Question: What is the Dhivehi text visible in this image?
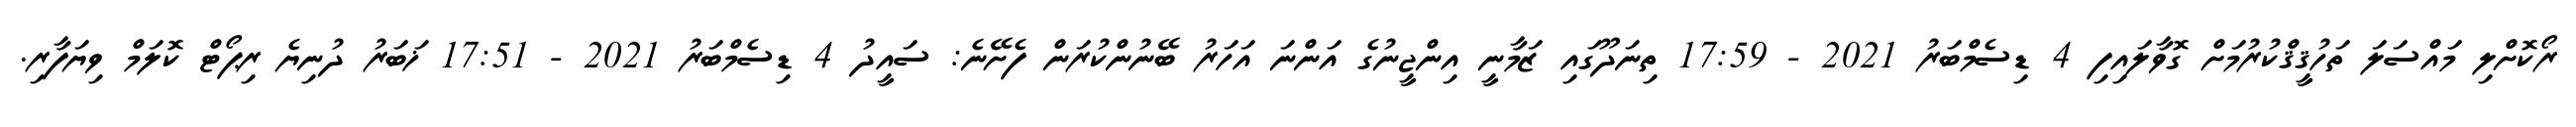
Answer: ރޯކޮށްލި މައްސަލަ ތަހުޤީޤްކުރުމަށް ގޮވާލައިފި 4 ޑިސެމްބަރު 2021 - 17:59 ތިނަދޫގައި ޒަމާނީ އިންޖީނުގެ އަންނަ އަހަރު ބޭނުންކުރަން ފެށޭނެ: ސައީދު 4 ޑިސެމްބަރު 2021 - 17:51 ޚަބަރު ދުނިޔެ ރިޕޯޓް ކޮލަމް ވިޔަފާރި.